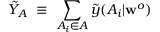
\tilde { Y } _ { A } ~ \equiv ~ \sum _ { A _ { i } \in A } \tilde { y } ( A _ { i } | \mathbf { w } ^ { o } )